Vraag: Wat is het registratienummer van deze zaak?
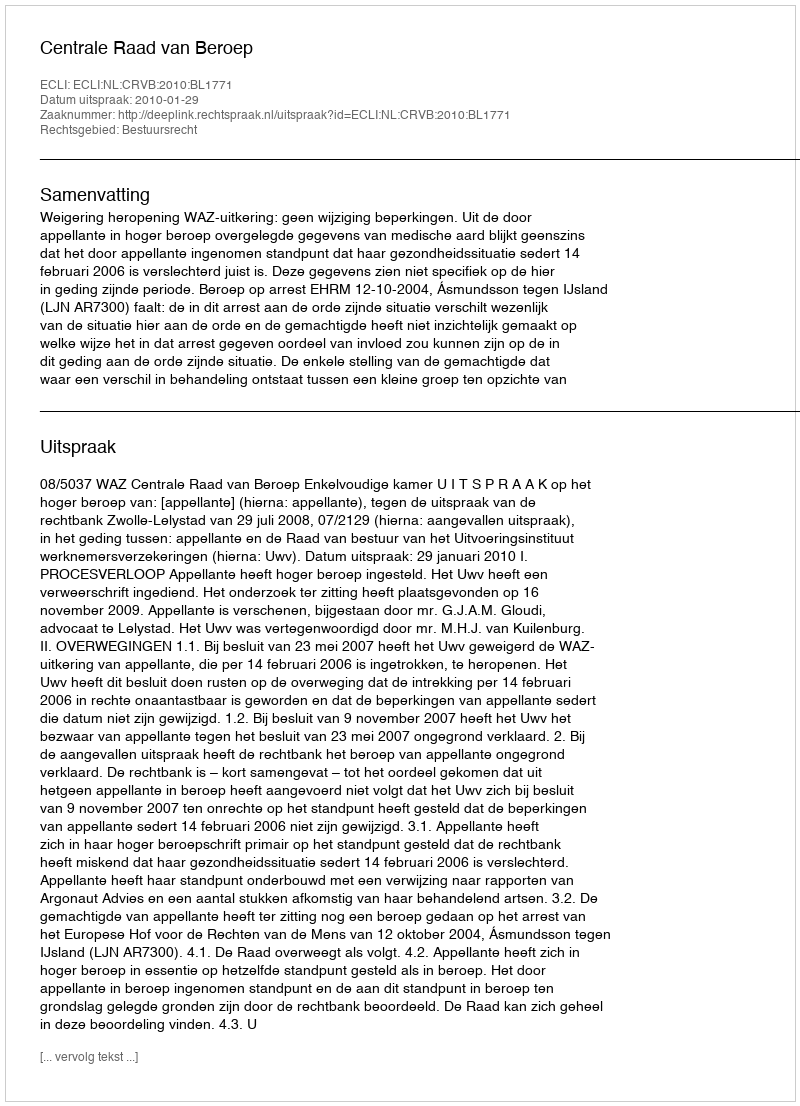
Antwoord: http://deeplink.rechtspraak.nl/uitspraak?id=ECLI:NL:CRVB:2010:BL1771